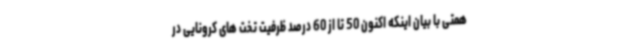
همتی با بیان اینکه اکنون 50 تا از 60 درصد ظرفیت تخت های کرونایی در